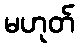
မဟုတ်